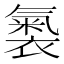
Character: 𧜚